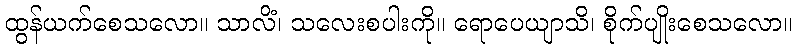
ထွန်ယက်စေသလော။ သာလိံ၊ သလေးစပါးကို။ ရောပေယျာသိ၊ စိုက်ပျိုးစေသလော။